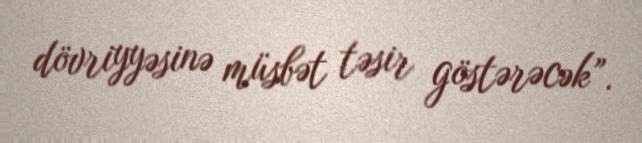
dövriyyəsinə müsbət təsir göstərəcək”.